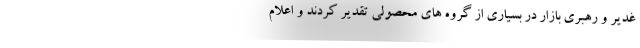
غدیر و رهبری بازار در بسیاری از گروه های محصولی تقدیر کردند و اعلام